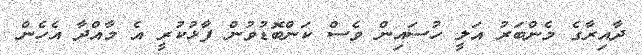
ދާއިރާގެ މެންބަރު އަލީ ހުސައިން ވެސް ކަންބޮޑުވުން ފާޅުކުރީ އެ މާއްދާ އެހެން